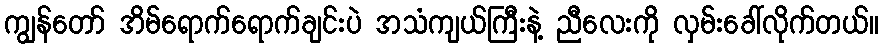
ကျွန်တော် အိမ်ရောက်ရောက်ချင်းပဲ အသံကျယ်ကြီးနဲ့ ညီလေးကို လှမ်းခေါ်လိုက်တယ်။